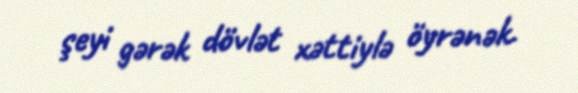
şeyi gərək dövlət xəttiylə öyrənək.